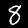
Digit: 8